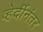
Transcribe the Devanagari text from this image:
व्हेर्दीनंतर